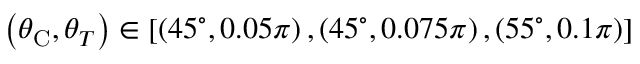
\left( \theta _ { \mathrm { C } } , \theta _ { T } \right) \in \left[ \left( 4 5 ^ { \circ } , 0 . 0 5 \pi \right) , \left( 4 5 ^ { \circ } , 0 . 0 7 5 \pi \right) , \left( 5 5 ^ { \circ } , 0 . 1 \pi \right) \right]